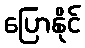
ပြောနိုင်